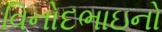
વિનોદભાઇનો